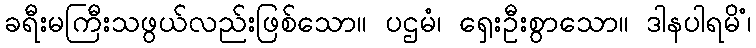
ခရီးမကြီးသဖွယ်လည်းဖြစ်သော။ ပဌမံ၊ ရှေးဦးစွာသော။ ဒါနပါရမိံ၊